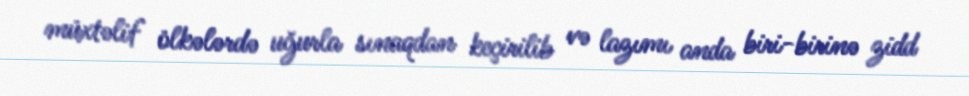
müxtəlif ölkələrdə uğurla sınaqdan keçirilib və lazımı anda biri-birinə zidd